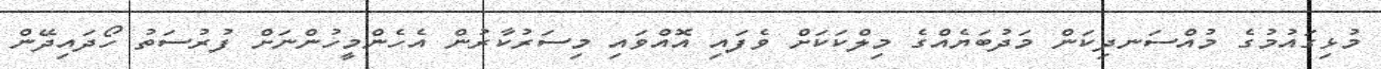
މުޅިގައުމުގެ މުއްސަނދިކަން މަދުބަޔެއްގެ މިލްކަކަށް ވެފައި އޮއްވައި މިސަރުކާރުން އެހެންމީހުންނަށް ފުރުސަތު ހޯދައިދޭން